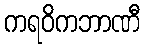
ကရဝိကဘာဏီ